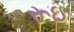
રૂઇ